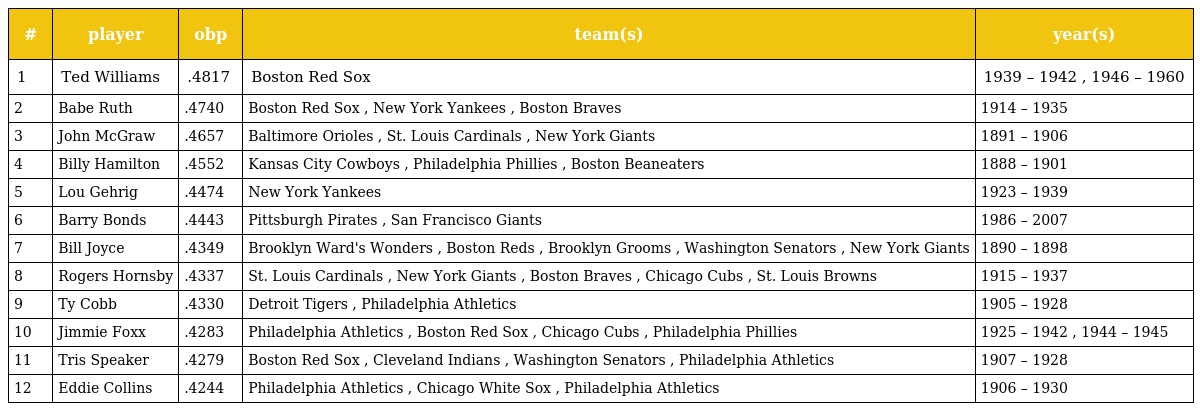
| # | player | obp | team(s) | year(s) |
 | --- | --- | --- | --- | --- |
 | 1 | Ted Williams | .4817 | Boston Red Sox | 1939 – 1942 , 1946 – 1960 |
 | 2 | Babe Ruth | .4740 | Boston Red Sox , New York Yankees , Boston Braves | 1914 – 1935 |
 | 3 | John McGraw | .4657 | Baltimore Orioles , St. Louis Cardinals , New York Giants | 1891 – 1906 |
 | 4 | Billy Hamilton | .4552 | Kansas City Cowboys , Philadelphia Phillies , Boston Beaneaters | 1888 – 1901 |
 | 5 | Lou Gehrig | .4474 | New York Yankees | 1923 – 1939 |
 | 6 | Barry Bonds | .4443 | Pittsburgh Pirates , San Francisco Giants | 1986 – 2007 |
 | 7 | Bill Joyce | .4349 | Brooklyn Ward's Wonders , Boston Reds , Brooklyn Grooms , Washington Senators , New York Giants | 1890 – 1898 |
 | 8 | Rogers Hornsby | .4337 | St. Louis Cardinals , New York Giants , Boston Braves , Chicago Cubs , St. Louis Browns | 1915 – 1937 |
 | 9 | Ty Cobb | .4330 | Detroit Tigers , Philadelphia Athletics | 1905 – 1928 |
 | 10 | Jimmie Foxx | .4283 | Philadelphia Athletics , Boston Red Sox , Chicago Cubs , Philadelphia Phillies | 1925 – 1942 , 1944 – 1945 |
 | 11 | Tris Speaker | .4279 | Boston Red Sox , Cleveland Indians , Washington Senators , Philadelphia Athletics | 1907 – 1928 |
 | 12 | Eddie Collins | .4244 | Philadelphia Athletics , Chicago White Sox , Philadelphia Athletics | 1906 – 1930 |